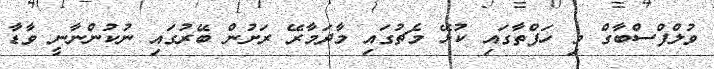
ވުލްްފްސްބާގް މި ހަފްތާގައި ކުޅޭ މެޗުގައި މާދަމާރޭ ރަށުން ބޭރުގައި ނުކުންނާނީ ވާޑާ